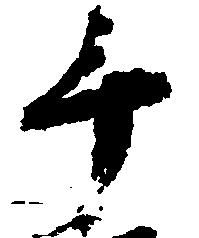
手